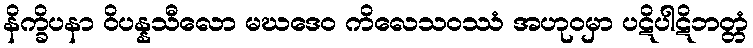
နိက္ခိပနာ ဝိပန္နသီလော မဃဒေဝ ကိလေသဝဿံ အဟုဝမှာ ပဋိပါဋိဘတ္တံ